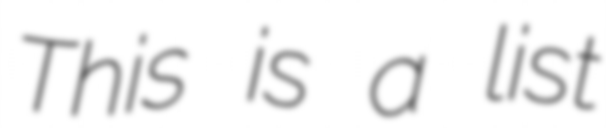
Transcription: This is a list